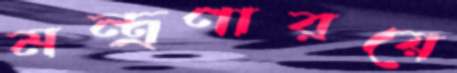
মন্ত্রণারয়ে